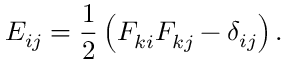
E _ { i j } ^ { \phantom { } } = \frac { 1 } { 2 } \left( F _ { k i } ^ { \phantom { } } F _ { k j } ^ { \phantom { } } - \delta _ { i j } ^ { \phantom { } } \right) .